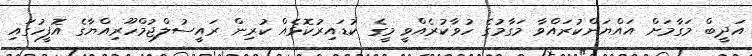
އަދީބް މަގާމަށް އައްޔަންކުރައްވާ މަގާމުގެ ހުވާކުރެއްވީ މީގެ ކުޑައިރުކޮޅެއް ކުރިން ރައީސުލްޖުމްހޫރިއްޔާގެ އޮފީހުގައި